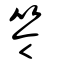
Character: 笭